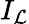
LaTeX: I_{\mathcal{L}}